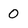
Character: 0